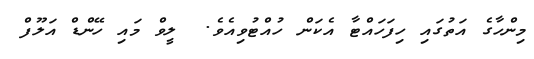
މިންހާގެ އަތުގައި ހިފަހައްޓާ އެކަން ހުއްޓުވިއެވެ.  ލީވް މައި ހޭންޑް އަލޫފް